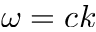
\omega = c k